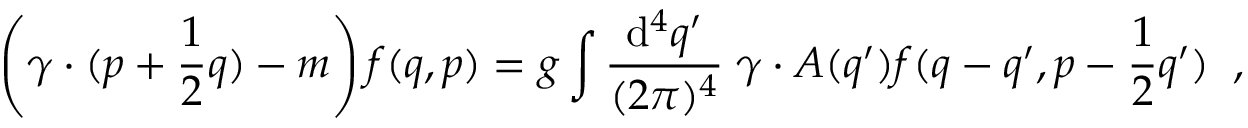
\left( \gamma \cdot ( p + \frac { 1 } { 2 } q ) - m \right) f ( q , p ) = g \int \frac { \mathrm { d } ^ { 4 } q ^ { \prime } } { ( 2 \pi ) ^ { 4 } } \; \gamma \cdot A ( q ^ { \prime } ) f ( q - q ^ { \prime } , p - \frac { 1 } { 2 } q ^ { \prime } ) \; \; ,